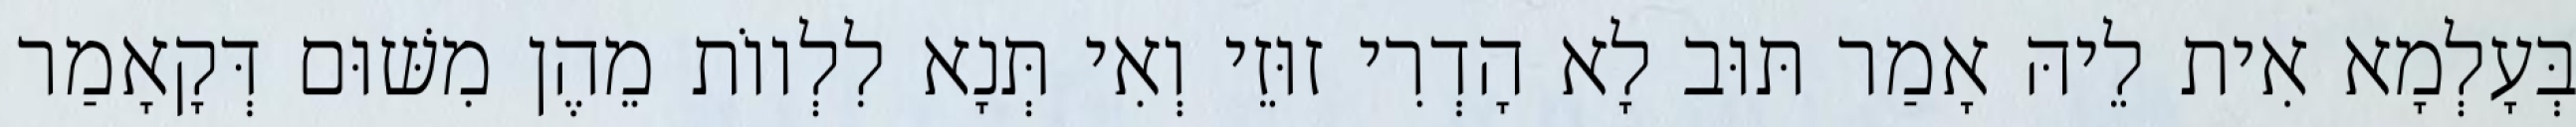
בְּעָלְמָא אִית לֵיהּ אָמַר תּוּב לָא הָדְרִי זוּזֵי וְאִי תְּנָא לִלְווֹת מֵהֶן מִשּׁוּם דְּקָאָמַר